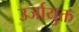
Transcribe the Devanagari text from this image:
उर्जायुक्त